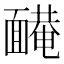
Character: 𩈿